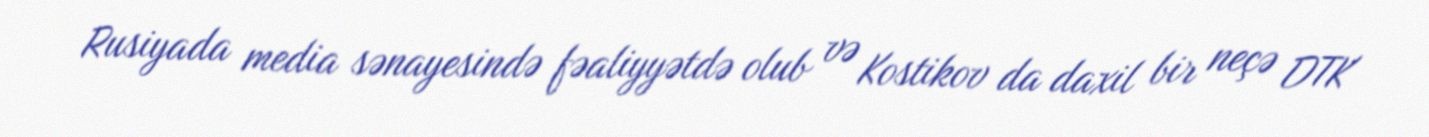
Rusiyada media sənayesində fəaliyyətdə olub və Kostikov da daxil bir neçə DTK